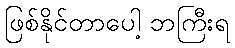
ဖြစ်နိုင်တာပေါ့ ဘကြီးရ